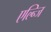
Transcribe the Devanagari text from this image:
एल्न्जि